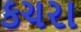
કચરા